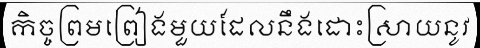
កិច្ចព្រមព្រៀងមួយដែលនឹងដោះស្រាយនូវ